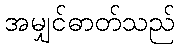
အမျှင်ဓာတ်သည်